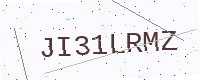
Text: JI31LRMZ